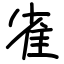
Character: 雀